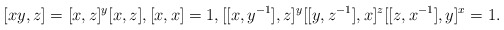
\begin{align*}[xy,z] = [x,z]^y [x,z],[x,x] = 1,[[x,y^{-1}],z]^{y}[[y,z^{-1}],x]^z[[z,x^{-1}],y]^x = 1.\end{align*}